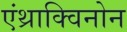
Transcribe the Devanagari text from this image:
एंथ्राक्विनोन